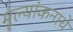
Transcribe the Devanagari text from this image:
मूल्यांकनाचे